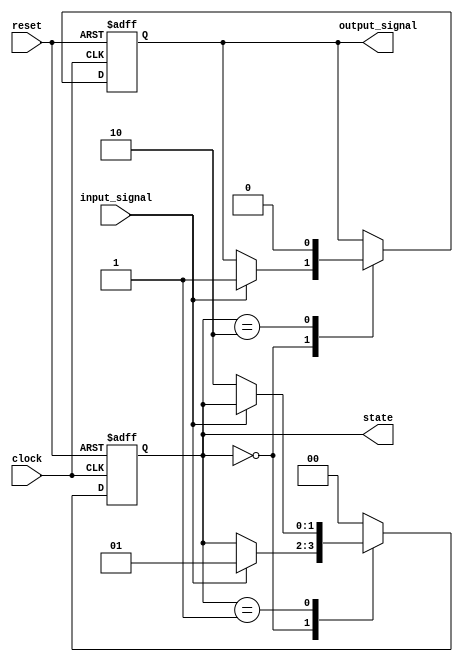
module fsm_example (
    input wire clock,          // Clock signal
    input wire reset,          // Asynchronous reset signal
    input wire input_signal,   // Input signal affecting state transitions
    output reg [1:0] state,    // 2-bit state register
    output reg output_signal    // Output signal
);

// State encoding
localparam STATE_IDLE    = 2'b00;
localparam STATE_ACTIVE  = 2'b01;
localparam STATE_DONE    = 2'b10;

// Sequential logic: State transition and output generation
always @(posedge clock or posedge reset) begin
    if (reset) begin
        // Reset state
        state <= STATE_IDLE;
        output_signal <= 1'b0;
    end else begin
        // State transition logic
        case (state)
            STATE_IDLE: begin
                if (input_signal) begin
                    state <= STATE_ACTIVE;
                    output_signal <= 1'b1; // Generate output when entering ACTIVE state
                end
            end
            
            STATE_ACTIVE: begin
                // Transition to DONE state based on some condition
                if (!input_signal) begin
                    state <= STATE_DONE;
                end
            end
            
            STATE_DONE: begin
                // Return to IDLE state after DONE
                state <= STATE_IDLE;
                output_signal <= 1'b0; // Reset output when returning to IDLE
            end
            
            default: begin
                state <= STATE_IDLE; // Default case to avoid latches
            end
        endcase
    end
end

endmodule